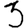
Digit: 3